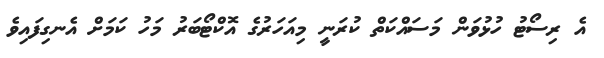
އެ ރިސޯޓު ހުޅުވަން މަސައްކަތް ކުރަނީ މިއަހަރުގެ އޮކްޓޯބަރު މަހު ކަމަށް އެނގިފައިވެ